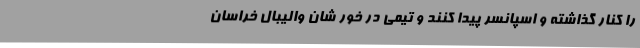
را کنار گذاشته و اسپانسر پیدا کنند و تیمی در خور شان والیبال خراسان